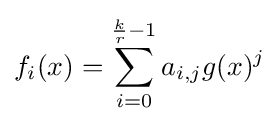
f_{i}(x)=\sum _{i=0}^{{\frac {k}{r}}-1}a_{i,j}g(x)^{j}